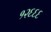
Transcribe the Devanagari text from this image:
१२६६६